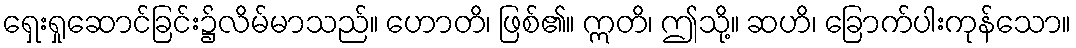
ရှေးရှုဆောင်ခြင်း၌လိမ်မာသည်။ ဟောတိ၊ ဖြစ်၏။ ဣတိ၊ ဤသို့။ ဆဟိ၊ ခြောက်ပါးကုန်သော။